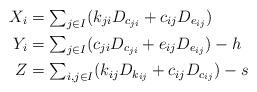
LaTeX: \begin{align*}X_i & = \textstyle\sum_{j \in I}(k_{ji}D_{c_{ji}} + c_{ij}D_{e_{ij}})\\Y_i & = \textstyle\sum_{j\in I}(c_{ji} D_{c_{ji}} + e_{ij} D_{e_{ij}}) - h\\Z & = \textstyle\sum_{i,j\in I}(k_{ij} D_{k_{ij}} + c_{ij} D_{c_{ij}}) - s\end{align*}